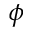
\phi